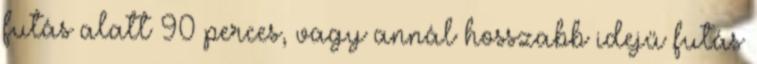
futás alatt 90 perces, vagy annál hosszabb idejű futás